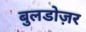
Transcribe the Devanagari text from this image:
बुलडोज़र